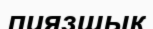
пиязшық